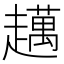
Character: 𧾗